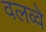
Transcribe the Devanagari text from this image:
वलव्वे